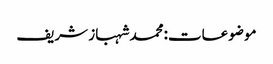
موضوعات:محمد شہباز شریف